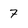
Character: 7